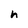
Character: h